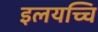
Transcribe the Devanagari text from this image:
इलयच्चि